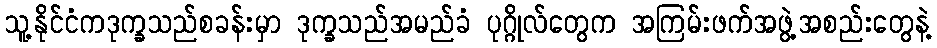
သူ့နိုင်ငံကဒုက္ခသည်စခန်းမှာ ဒုက္ခသည်အမည်ခံ ပုဂ္ဂိုလ်တွေက အကြမ်းဖက်အဖွဲ့အစည်းတွေနဲ့